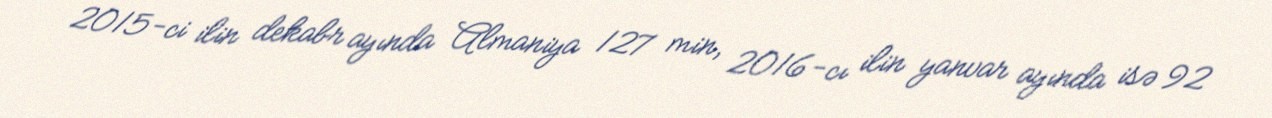
2015-ci ilin dekabr ayında Almaniya 127 min, 2016-cı ilin yanvar ayında isə 92